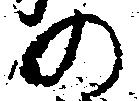
の